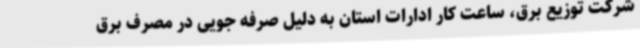
شرکت توزیع برق، ساعت کار ادارات استان به دلیل صرفه جویی در مصرف برق